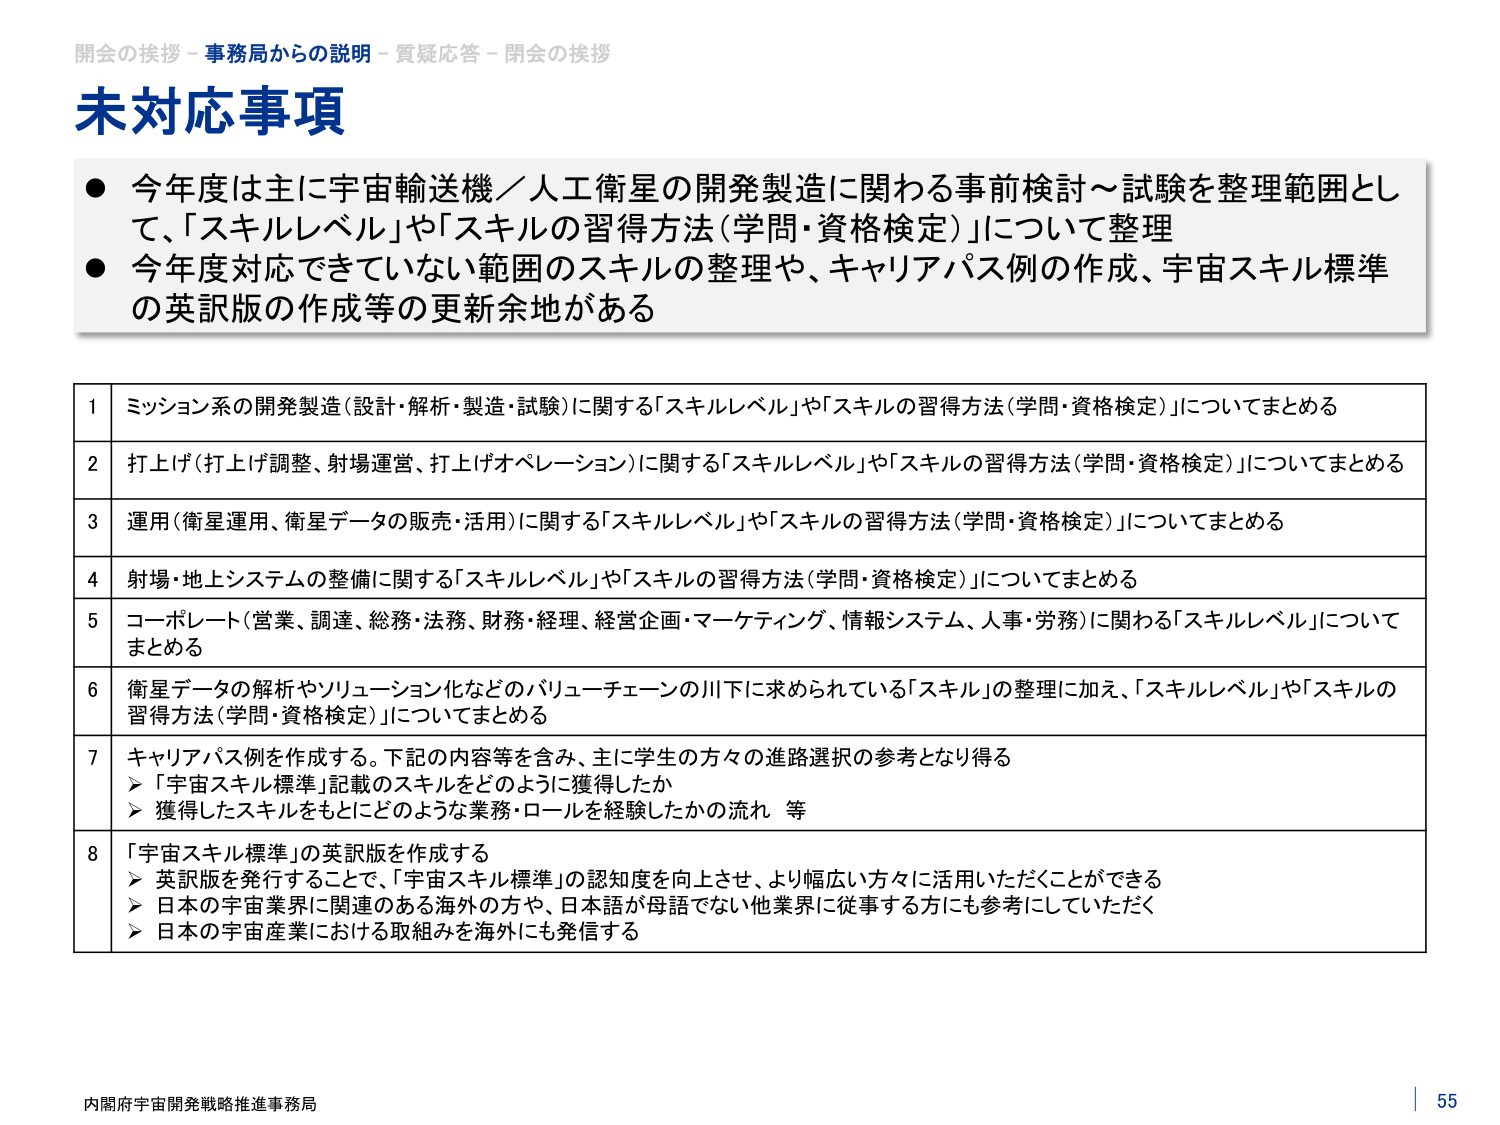
開会の挨拶 - 事務局からの説明 - 質疑応答 - 閉会の挨拶
未対応事項
● 今年度は主に宇宙輸送機／人工衛星の開発製造に関わる事前検討～試験を整理範囲として、「スキルレベル」や「スキルの習得方法（学問・資格検定）」について整理
● 今年度対応できていない範囲のスキルの整理や、キャリアパス例の作成、宇宙スキル標準の英訳版の作成等の更新余地がある

1 ミッション系の開発製造（設計・解析・製造・試験）に関する「スキルレベル」や「スキルの習得方法（学問・資格検定）」についてまとめる
2 打上げ（打上げ調整、射場運営、打上げオペレーション）に関する「スキルレベル」や「スキルの習得方法（学問・資格検定）」についてまとめる
3 運用（衛星運用、衛星データの販売・活用）に関する「スキルレベル」や「スキルの習得方法（学問・資格検定）」についてまとめる
4 射場・地上システムの整備に関する「スキルレベル」や「スキルの習得方法（学問・資格検定）」についてまとめる
5 コーポレート（営業、調達、総務・法務、財務・経理、経営企画・マーケティング、情報システム、人事・労務）に関わる「スキルレベル」についてまとめる
6 衛星データの解析やソリューション化などのバリューチェーンの川下に求められている「スキル」の整理に加え、「スキルレベル」や「スキルの習得方法（学問・資格検定）」についてまとめる
7 キャリアパス例を作成する。下記の内容等を含み、主に学生の方々の進路選択の参考となり得る
　▶ 「宇宙スキル標準」記載のスキルをどのように獲得したか
　▶ 獲得したスキルをもとにどのような業務・ロールを経験したかの流れ 等
8 「宇宙スキル標準」の英訳版を作成する
　▶ 英訳版を発行することで、「宇宙スキル標準」の認知度を向上させ、より幅広い方々に活用いただくことができる
　▶ 日本の宇宙業界に関連のある海外の方や、日本語が母語でない他業界に従事する方にも参考にしていただく
　▶ 日本の宇宙産業における取組みを海外にも発信する

内閣府宇宙開発戦略推進事務局
55